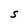
Character: S